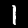
Digit: 1